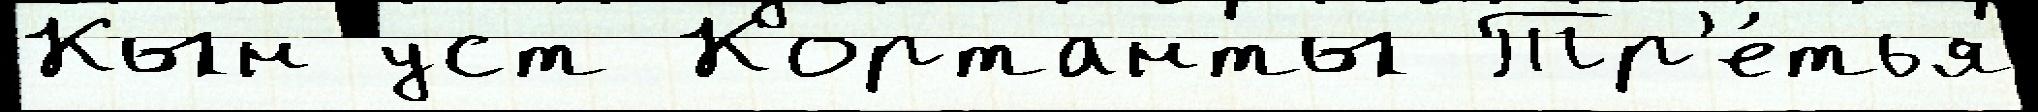
Кын уст Кортанты Тр'е́тья